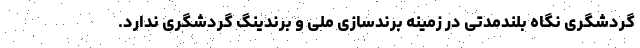
گردشگری نگاه بلندمدتی در زمینه برندسازی ملی و برندینگ گردشگری ندارد.